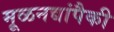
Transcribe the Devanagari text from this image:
मूळनद्यांपैकी